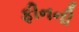
ફીનની